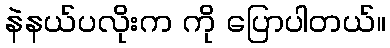
နဲနယ်ပလိုးက ကို ပြောပါတယ်။